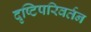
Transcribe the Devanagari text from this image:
दृष्टिपरिवर्तन